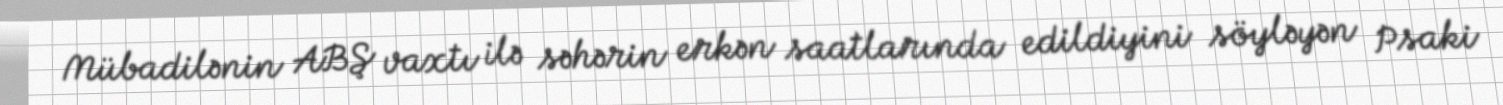
Mübadilənin ABŞ vaxtı ilə səhərin erkən saatlarında edildiyini söyləyən Psaki